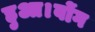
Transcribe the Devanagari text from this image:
हुआ।वोंग